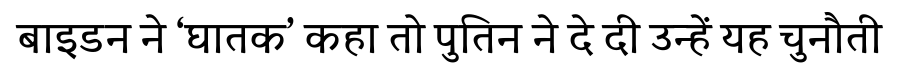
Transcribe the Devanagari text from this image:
बाइडन ने ‘घातक’ कहा तो पुतिन ने दे दी उन्हें यह चुनौती